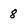
Character: 8